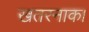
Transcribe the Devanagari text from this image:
खतरनाक।